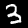
Digit: 3